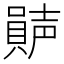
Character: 𡁩